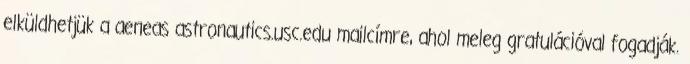
elküldhetjük a aeneas astronautics.usc.edu mailcímre, ahol meleg gratulációval fogadják.